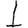
Digit: 1